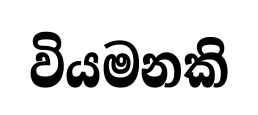
වියමනකි